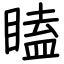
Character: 瞌